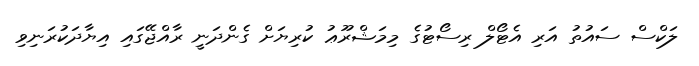
ލަކްސް ސައުތު އަރި އެޓޯލް ރިސޯޓުގެ މިމަޝްރޫޢު ކުރިޔަށް ގެންދަނީ ރާއްޖޭގައި އިޔާދަކުރަނިވި